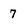
Character: 7